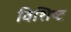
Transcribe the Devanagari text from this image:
विशिष्‍ट